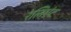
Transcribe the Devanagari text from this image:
रेलिएंट